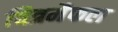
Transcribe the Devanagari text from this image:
चित्रमैफल